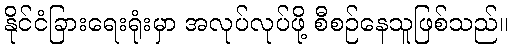
နိုင်ငံခြားရေးရုံးမှာ အလုပ်လုပ်ဖို့ စီစဉ်နေသူဖြစ်သည်။